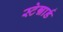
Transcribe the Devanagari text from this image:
स्टेन्नार्ड